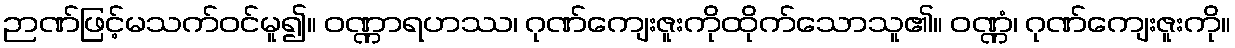
ဉာဏ်ဖြင့်မသက်ဝင်မူ၍။ ဝဏ္ဏာရဟဿ၊ ဂုဏ်ကျေးဇူးကိုထိုက်သောသူ၏။ ဝဏ္ဏံ၊ ဂုဏ်ကျေးဇူးကို။